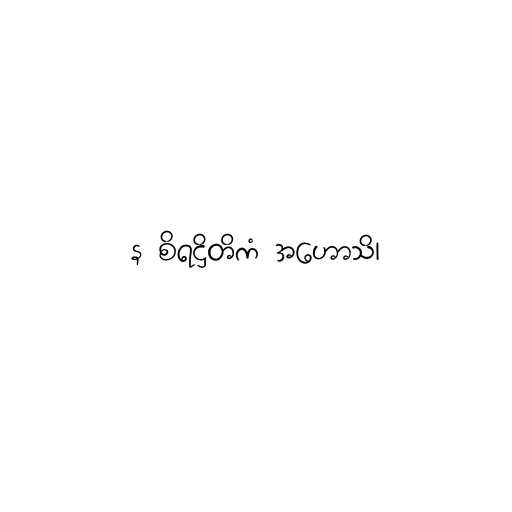
န စိရဋ္ဌိတိကံ အဟောသိ၊